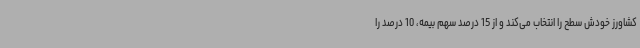
کشاورز خودش سطح را انتخاب می‌کند و از 15 درصد سهم بیمه، 10 درصد را